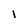
Character: l